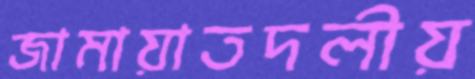
জামায়াতদলীয়